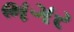
ભગર